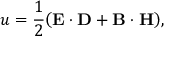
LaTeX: u = { \frac { 1 } { 2 } } \! \left( \mathbf { E } \cdot \mathbf { D } + \mathbf { B } \cdot \mathbf { H } \right) \! ,